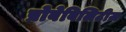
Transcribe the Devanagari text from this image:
प्रोबेबिलिटीज़